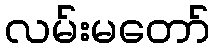
လမ်းမတော်